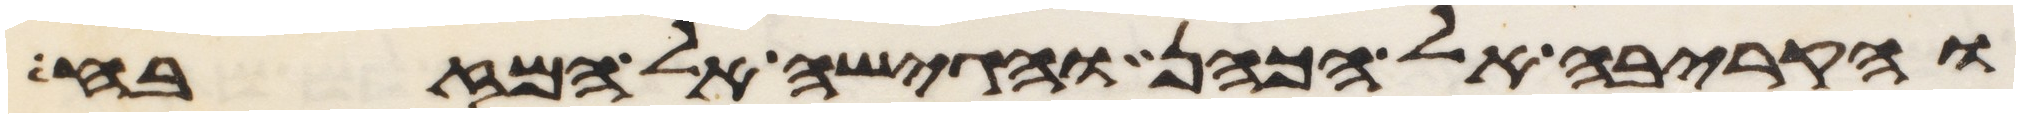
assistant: והקריבה אל הכהן והגישה אל המזבח